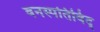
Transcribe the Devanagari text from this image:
वनस्पतिविद्